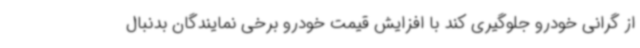
از گرانی خودرو جلوگیری کند با افزایش قیمت خودرو برخی نمایندگان بدنبال